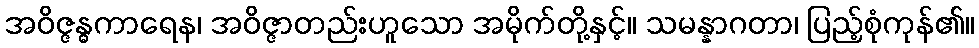
အဝိဇ္ဇန္ဓကာရေန၊ အဝိဇ္ဇာတည်းဟူသော အမိုက်တို့နှင့်။ သမန္နာဂတာ၊ ပြည့်စုံကုန်၏။